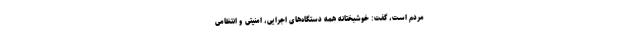
مردم است، گفت: خوشبختانه همه دستگاه‌های اجرایی، امنیتی و انتظامی